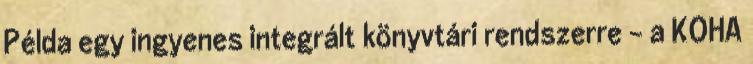
Példa egy ingyenes integrált könyvtári rendszerre - a KOHA